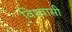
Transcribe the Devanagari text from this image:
विश्‍वासी